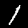
Label: 1